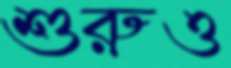
শুরুও